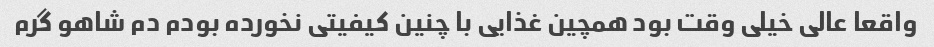
واقعا عالی خیلی وقت بود همچین غذایی با چنین کیفیتی نخورده بودم دم شاهو گرم